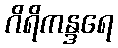
ဂိရိကန္ဒရေ